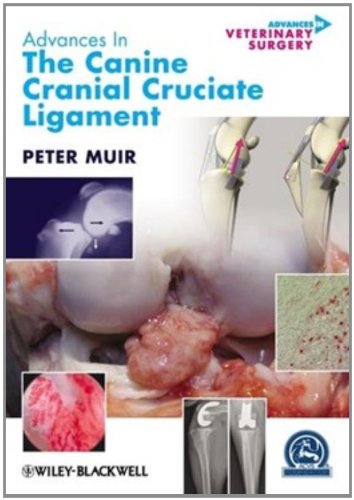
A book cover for Advances in the Canine Cranial Cruciate Ligament; Medical Books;